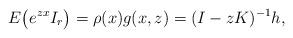
LaTeX: \begin{align*} &E\big(e^{z x}I_r\big)=\rho(x)g(x,z)=(I-zK)^{-1}h,\end{align*}